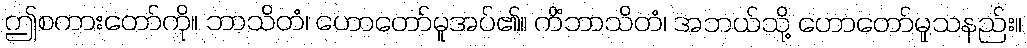
ဤစကားတော်ကို။ ဘာသိတံ၊ ဟောတော်မူအပ်၏။ ကိံဘာသိတံ၊ အဘယ်သို့ ဟောတော်မူသနည်း။